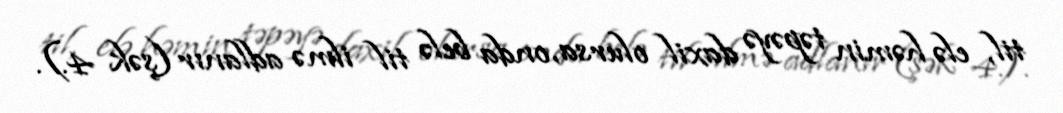
til, elə həmin təpəyə daxil olursa, onda belə til ilmə adlanır (şək 4.).